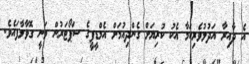
އެ ދާއިރާ އަދުލުވެރިކަމާ އެކު ކުރިޔަށް ގެންދިއުމަށް އެމްޑީޕީގެ ސަޕޯޓަރުން ވަނީ ގޮވާލާފައެވެ.